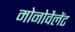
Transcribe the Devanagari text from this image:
मोनोवैलेंट